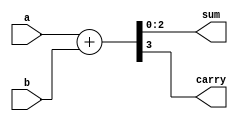
module n_bit_adder #(
    parameter N = 3
) (
    input[N-1:0] a,b,
    output[N-1:0] sum,
    output carry
);
    assign {carry,sum} = a + b;
    
endmodule